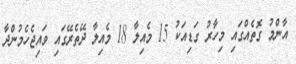
އާންމު ގޮތެއްގައި މިހާރު ގަޑިއަކު 15 މެއިލާ 18 މެއިލާ ދޭތެރޭގައި ވައިޖެހެމުންދާ